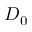
D _ { 0 }